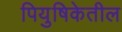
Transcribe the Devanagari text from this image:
पियुषिकेतील